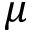
\mu